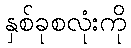
နှစ်ခုစလုံးကို